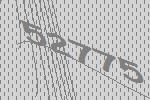
52775